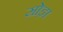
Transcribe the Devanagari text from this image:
सोड़ा